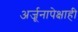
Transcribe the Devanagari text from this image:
अर्जूनापेक्षाही